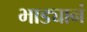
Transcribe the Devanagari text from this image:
भाड्यानं